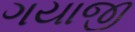
ગયાજી